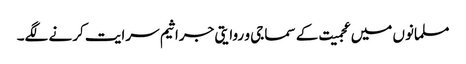
مسلمانوں میں عجمیت کے سماجی و روایتی جراثیم سرایت کرنے لگے۔